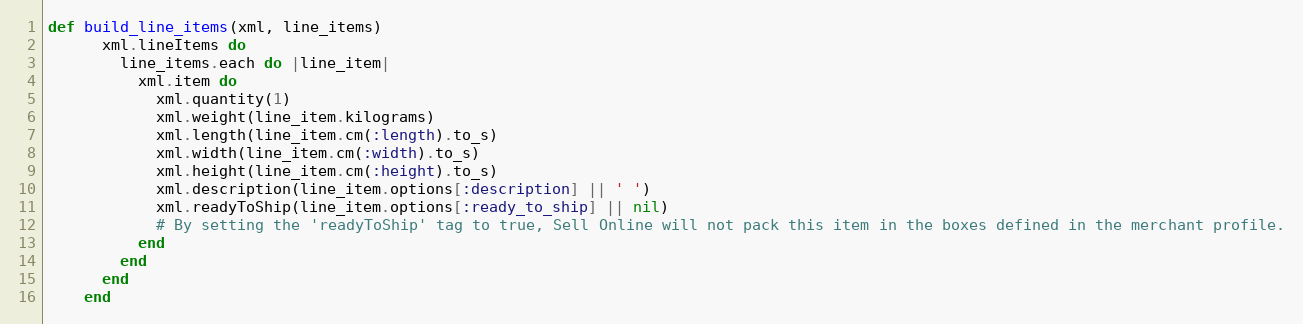
Language: Ruby
def build_line_items(xml, line_items)
      xml.lineItems do
        line_items.each do |line_item|
          xml.item do
            xml.quantity(1)
            xml.weight(line_item.kilograms)
            xml.length(line_item.cm(:length).to_s)
            xml.width(line_item.cm(:width).to_s)
            xml.height(line_item.cm(:height).to_s)
            xml.description(line_item.options[:description] || ' ')
            xml.readyToShip(line_item.options[:ready_to_ship] || nil)
            # By setting the 'readyToShip' tag to true, Sell Online will not pack this item in the boxes defined in the merchant profile.
          end
        end
      end
    end